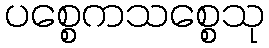
ပစ္စေကသစ္စေသု